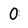
Character: 0